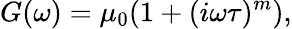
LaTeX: G(\omega)=\mu_{0}(1+(i\omega\tau)^{m}),